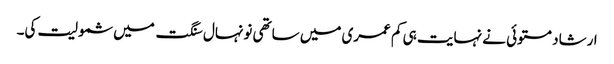
ارشاد مستوئی نے نہایت ہی کم عمری میں ساتھی نونہال سنگت میں شمولیت کی۔